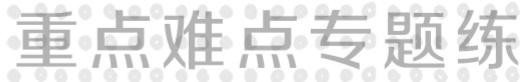
重点难点专题练